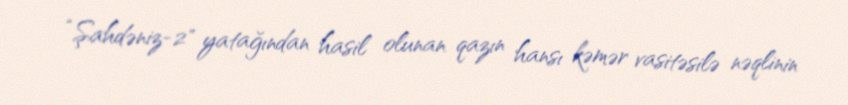
“Şahdəniz-2" yatağından hasil olunan qazın hansı kəmər vasitəsilə nəqlinin